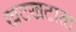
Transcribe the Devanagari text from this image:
खटखटाता